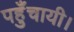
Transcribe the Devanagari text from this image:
पहुँचायी।